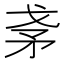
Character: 𰦎